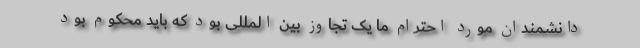
دانشمندان مورد احترام ما یک تجاوز بین المللی بود که باید محکوم بود